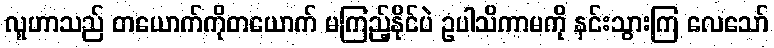
လူဟာသည် တယောက်ကိုတယောက် မကြည့်နိုင်ပဲ ဥပါသိကာမကို နင်းသွားကြ လေသော်